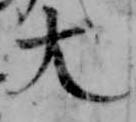
大